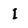
Character: I